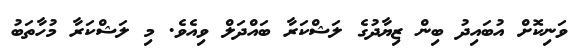
ވަނިކޮށް އުބައިދު ބިން ޒިޔާދުގެ ލަޝްކަރާ ބައްދަލް ވިއެވެ. މި ލަޝްކަރާ މުހާތަބު